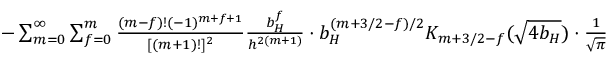
\begin{array} { r l r } & { } & { - \sum _ { m = 0 } ^ { \infty } \sum _ { f = 0 } ^ { m } { \frac { ( m - f ) ! ( - 1 ) ^ { m + f + 1 } } { [ ( m + 1 ) ! ] ^ { 2 } } } { \frac { b _ { H } ^ { f } } { h ^ { 2 ( m + 1 ) } } } \cdot b _ { H } ^ { ( m + 3 / 2 - f ) / 2 } K _ { m + 3 / 2 - f } ( \sqrt { 4 b _ { H } } ) \cdot { \frac { 1 } { \sqrt { \pi } } } } \end{array}